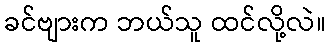
ခင်ဗျားက ဘယ်သူ ထင်လို့လဲ။